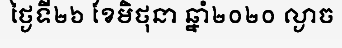
ថ្ងៃទី២៦ ខែមិថុនា ឆ្នាំ២០២០ ល្ងាច